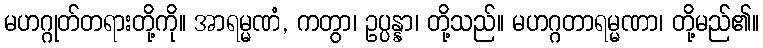
မဟဂ္ဂုတ်တရားတို့ကို။ အာရမ္မဏံ, ကတွာ၊ ဥပ္ပန္နာ၊ တို့သည်။ မဟဂ္ဂတာရမ္မဏာ၊ တို့မည်၏။